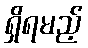
ရှိရမည့်